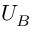
U _ { B }